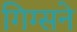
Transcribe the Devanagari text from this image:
गिग्सने